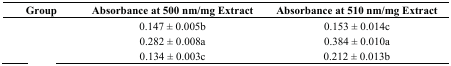
<table><thead><tr><td><b>Group</b></td><td><b>Absorbance at 500 nm/mg Extract</b></td><td><b>Absorbance at 510 nm/mg Extract</b></td></tr></thead><tbody><tr><td>[EMPTY_CELL]</td><td>0.147 ± 0.005b</td><td>0.153 ± 0.014c</td></tr><tr><td>[EMPTY_CELL]</td><td>0.282 ± 0.008a</td><td>0.384 ± 0.010a</td></tr><tr><td>[EMPTY_CELL]</td><td>0.134 ± 0.003c</td><td>0.212 ± 0.013b</td></tr></tbody></table>